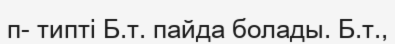
п- типті Б.т. пайда болады. Б.т.,